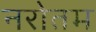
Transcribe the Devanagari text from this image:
नरोतम